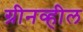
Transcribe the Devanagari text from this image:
ग्रीनव्हील